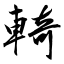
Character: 輢